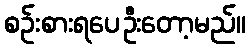
စဉ်းစားရပေဦးတော့မည်။